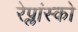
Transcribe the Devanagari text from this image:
रेप्लांस्को